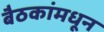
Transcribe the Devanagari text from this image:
बैठकांमधून